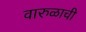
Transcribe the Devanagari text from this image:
वारुळाची